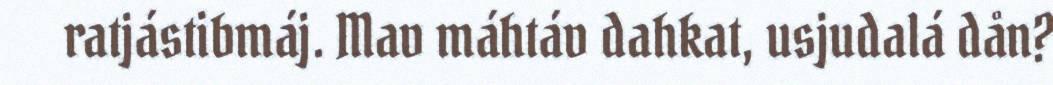
ratjástibmáj. Mav máhtáv dahkat, usjudalá dån?